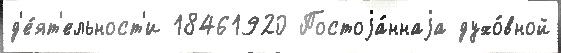
д'е́ят'ельност'и 18461920 Постоjа́ннаjа духо́вной